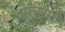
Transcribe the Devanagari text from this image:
ऑर्टेगा